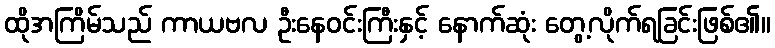
ထိုအကြိမ်သည် ကာယဗလ ဦးနေဝင်းကြီးနှင့် နောက်ဆုံး တွေ့လိုက်ရခြင်းဖြစ်၏။